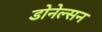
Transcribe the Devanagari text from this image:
डोनेल्सन